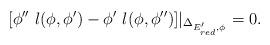
LaTeX: \begin{align*} [\phi'' \,\,l(\phi,\phi') -\phi'\, \,l(\phi,\phi'')]|_{\Delta_{E'_{red}, \phi}} =0.\end{align*}